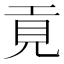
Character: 𢀢